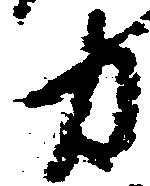
力